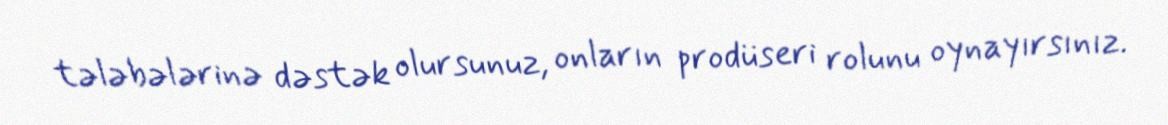
tələbələrinə dəstək olursunuz, onların prodüseri rolunu oynayırsınız.